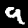
Digit: 9